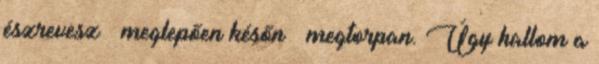
észrevesz – meglepően későn – megtorpan. Úgy hallom a